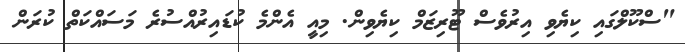
"ސްކޫލްގައި ކިޔެވި އިރުވެސް ޓޫރިޒަމް ކިޔެވިން. މިއީ އެންމެ ކުޑައިރުއްސުރެ މަސައްކަތް ކުރަން